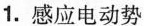
1.感应电动势